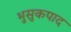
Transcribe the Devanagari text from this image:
भुसुकपाद